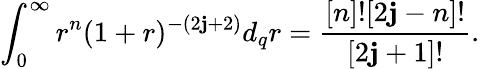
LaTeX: \int_{0}^{\infty}r^{n}(1+r)^{-(2\mathbf{j}+2)}d_{q}r=\frac{{[n]![2\mathbf{j}-n]!}}{{[2\mathbf{j}+1]!}}.